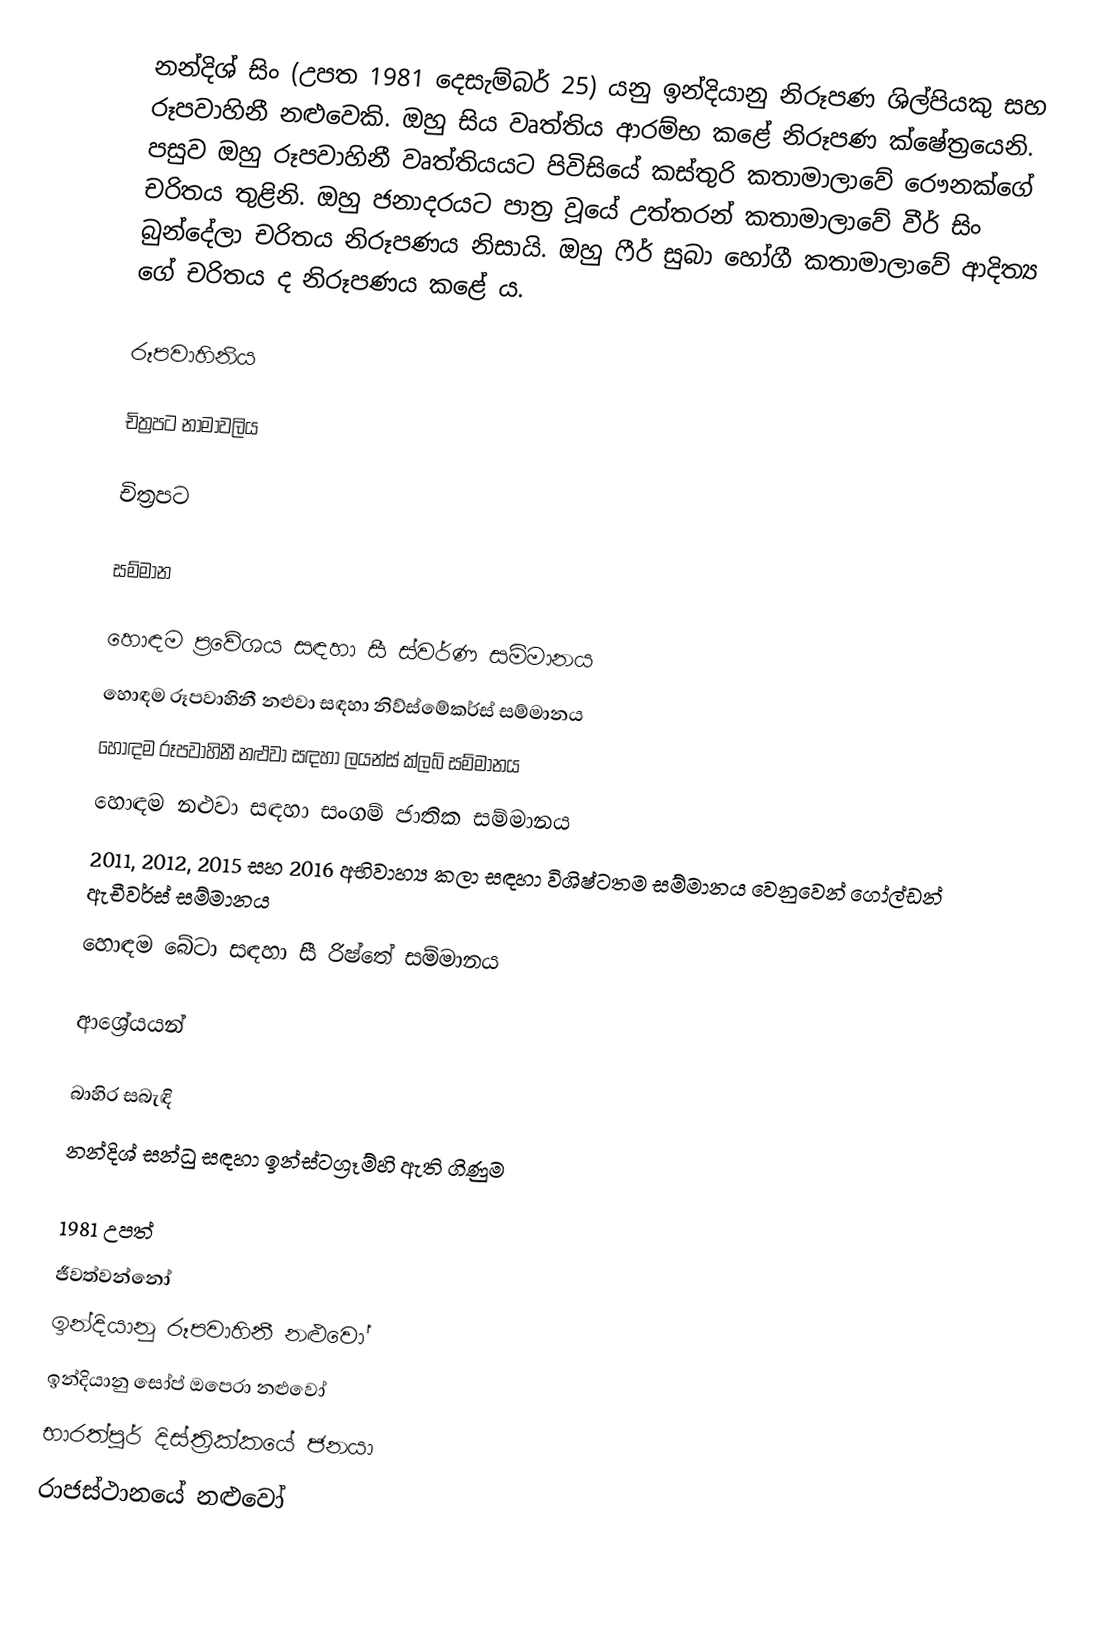
නන්දිශ් සිං (උපත 1981 දෙසැම්බර් 25) යනු ඉන්දියානු නිරූපණ ශිල්පියකු සහ රූපවාහිනී නළුවෙකි. ඔහු සිය වෘත්තිය ආරම්භ කළේ නිරූපණ ක්ෂේත්‍රයෙනි. පසුව ඔහු රූපවාහිනී වෘත්තියයට පිවිසියේ කස්තුරි කතාමාලාවේ රෞනක්ගේ චරිතය තුළිනි. ඔහු ජනාදරයට පාත්‍ර වූයේ උත්තරන් කතාමාලාවේ වීර් සිං බුන්දේලා චරිතය නිරූපණය නිසායි. ඔහු ෆීර් සුබා හෝගී කතාමාලාවේ ආදිත්‍ය ගේ චරිතය ද නිරූපණය කළේ ය.

රූපවාහිනිය

චිත්‍රපට නාමාවලිය

චිත්‍රපට

සම්මාන

 හොඳම ප්‍රවේශය සඳහා සී ස්වර්ණ සම්මානය
 හොඳම රූපවාහිනී නළුවා සඳහා නිව්ස්මේකර්ස් සම්මානය
 හොඳම රූපවාහිනී නළුවා සඳහා ලයන්ස් ක්ලබ් සම්මානය
 හොඳම නළුවා සඳහා සංගම් ජාතික සම්මානය
 2011, 2012, 2015 සහ 2016 අභිවාහ්‍ය කලා සඳහා විශිෂ්ටතම සම්මානය වෙනුවෙන් ගෝල්ඩන් ඇචීවර්ස් සම්මානය
 හොඳම බේටා සඳහා සී රිෂ්තේ සම්මානය

ආශ්‍රේයයන්

බාහිර සබැඳි
 නන්දිශ් සන්ධු සඳහා ඉන්ස්ටග්‍රෑම්හි ඇති ගිණුම

1981 උපත්
ජීවත්වන්නෝ
ඉන්දියානු රූපවාහිනී නළුවෝ
ඉන්දියානු සෝප් ඔපෙරා නළුවෝ
භාරත්පූර් දිස්ත්‍රික්කයේ ජනයා
රාජස්ථානයේ නළුවෝ